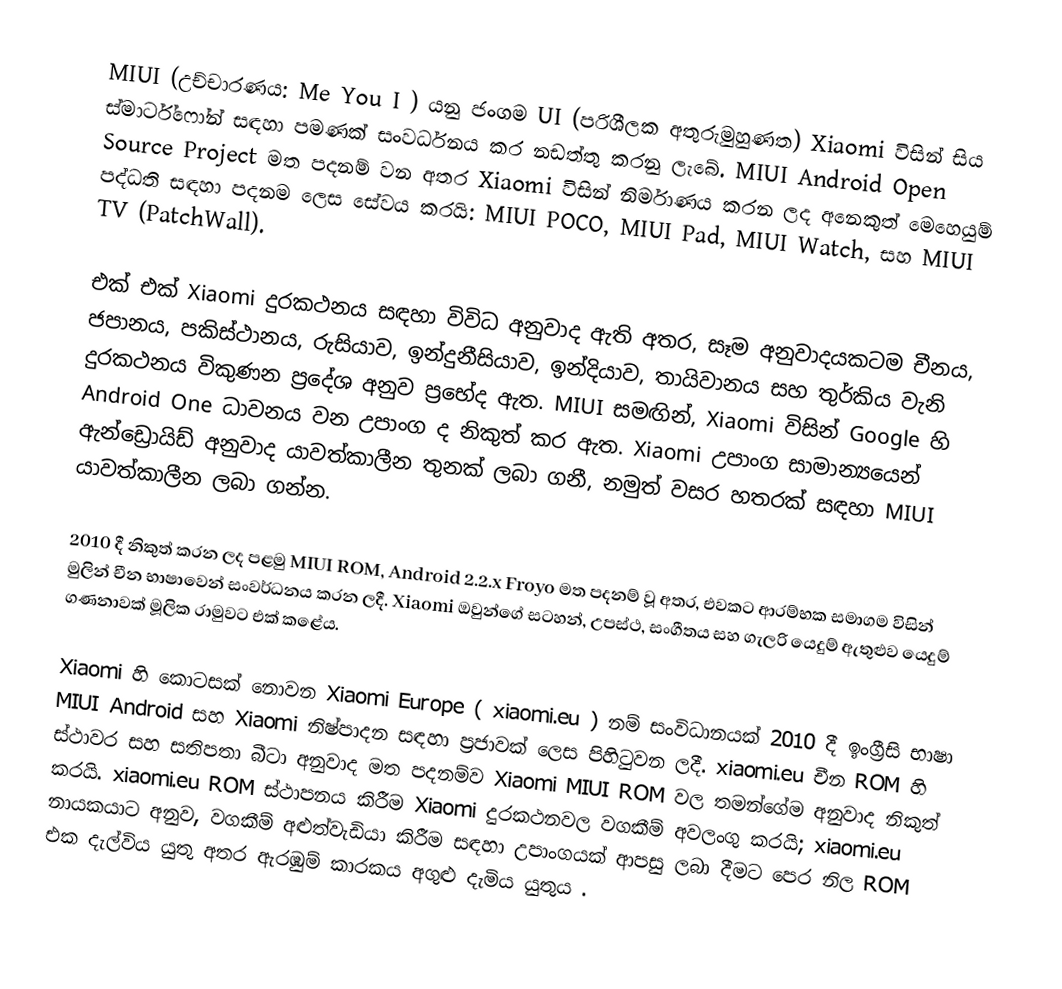
MIUI (උච්චාරණය: Me You I )  යනු ජංගම UI (පරිශීලක අතුරුමුහුණත)  Xiaomi විසින් සිය ස්මාර්ට්ෆෝන් සඳහා පමණක් සංවර්ධනය කර නඩත්තු කරනු ලැබේ.   MIUI Android Open Source Project මත පදනම් වන අතර Xiaomi විසින් නිර්මාණය කරන ලද අනෙකුත් මෙහෙයුම් පද්ධති සඳහා පදනම ලෙස සේවය කරයි: MIUI POCO, MIUI Pad, MIUI Watch,  සහ MIUI TV (PatchWall).

එක් එක් Xiaomi දුරකථනය සඳහා විවිධ අනුවාද ඇති අතර, සෑම අනුවාදයකටම චීනය, ජපානය, පකිස්ථානය, රුසියාව, ඉන්දුනීසියාව, ඉන්දියාව, තායිවානය සහ තුර්කිය වැනි දුරකථනය විකුණන ප්‍රදේශ අනුව ප්‍රභේද ඇත. MIUI සමඟින්, Xiaomi විසින් Google හි Android One ධාවනය වන උපාංග ද නිකුත් කර ඇත. Xiaomi උපාංග සාමාන්‍යයෙන් ඇන්ඩ්‍රොයිඩ් අනුවාද යාවත්කාලීන තුනක් ලබා ගනී, නමුත් වසර හතරක් සඳහා MIUI යාවත්කාලීන ලබා ගන්න.

2010 දී නිකුත් කරන ලද පළමු MIUI ROM, Android 2.2.x Froyo මත පදනම් වූ අතර, එවකට ආරම්භක සමාගම විසින් මුලින් චීන භාෂාවෙන් සංවර්ධනය කරන ලදී.  Xiaomi ඔවුන්ගේ සටහන්, උපස්ථ, සංගීතය සහ ගැලරි යෙදුම් ඇතුළුව යෙදුම් ගණනාවක් මූලික රාමුවට එක් කළේය.

Xiaomi හි කොටසක් නොවන Xiaomi Europe ( xiaomi.eu ) නම් සංවිධානයක් 2010 දී ඉංග්‍රීසි භාෂා MIUI Android සහ Xiaomi නිෂ්පාදන සඳහා ප්‍රජාවක් ලෙස පිහිටුවන ලදී. xiaomi.eu චීන ROM හි ස්ථාවර සහ සතිපතා බීටා අනුවාද මත පදනම්ව Xiaomi MIUI ROM වල තමන්ගේම අනුවාද නිකුත් කරයි.  xiaomi.eu ROM ස්ථාපනය කිරීම Xiaomi දුරකථනවල වගකීම් අවලංගු කරයි; xiaomi.eu නායකයාට අනුව, වගකීම් අළුත්වැඩියා කිරීම සඳහා උපාංගයක් ආපසු ලබා දීමට පෙර නිල ROM එක දැල්විය යුතු අතර ඇරඹුම් කාරකය අගුළු දැමිය යුතුය .